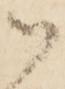
御